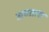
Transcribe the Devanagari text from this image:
अवतारा